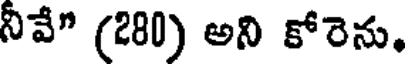
నీవే" (280) అని కోరెను.